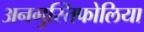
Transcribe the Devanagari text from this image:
अनगुस्तिफोलिया